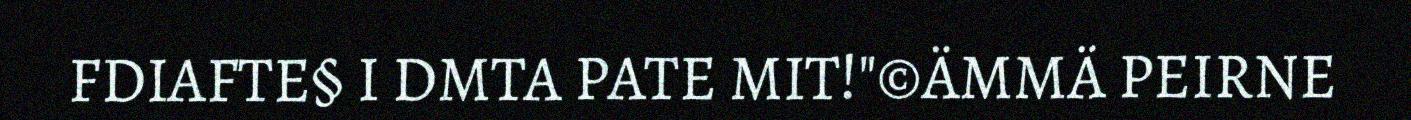
FDIAFTE§ I DMTA PATE MIT!"©ÄMMÄ PEIRNE